Annual report on the working of the mental hospitals in the Madras Presidency - 1912-1932
Year: 1912
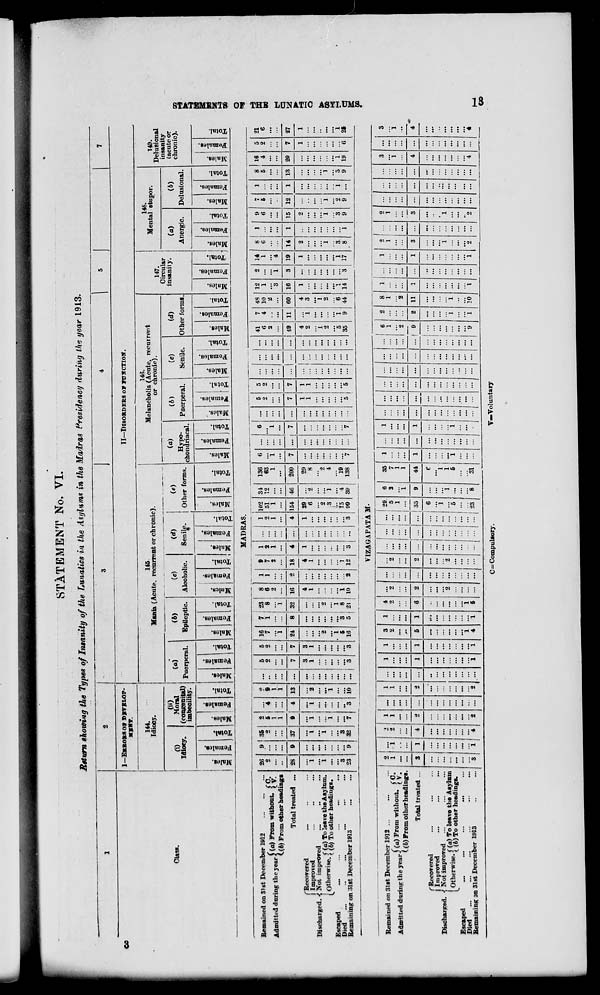
STATEMENT No. VI.
Return showing the Types of Insanity of the Lunatics in the Asylum* in the Madras PresidenGtj during the year 1913.
1
2
3
1
4
1 •
7
CO
1—ERRORS OF DEVELOP-
MENT.
II—DISORDERS O* pirircTiow.
144.
Idiocy.
145
Mania (Acute, recurrent or chronic )•
146.
Melancholia (Acute, recurrent
or chronic).
147.
Circular
148.
Mental stupor.
149.
Delusional
'
1
insanity
Class.
(i)
Idiocy.
Moral
(congenital)
imbecility.
Puerperal.
(6)
Epileptic.
(c)
Alcoholic.
Id)
Senile.
(e)
Other forms.
(a)
Hypo-
chondriacal.
(6)
Puerperal.
Senile.
(d)
Other forms.
insanity.
(a)
Anergic.
(6)
Delusional.
(acute or
chronic).
■5
.
.
.
.
«'
»
-
•
ID
.
.
*
fi>
w
s>
O
i
0)
S3
o
.
. i
=
E
o
i o
r.
B
09
a
a>
c
93
s 3
; P
ff>
"3
1*
"5
S
"5
o 1
*
OS
E
-? 3 s
1
3
a -
—
o
H
"3
8
i o "3
1
1
•
1 i 3 3
o
3
S
a
09
1 a £
P«H
o
H
8
33
a 9
Total
Males
O
3
3 1 .3 o
■k
3
S3
3
a 3
o
MADRAS.
Remained on 31st December 1812
Admitted during theyear j (a) From without « { v!
(.(b) From other headings
26
2
28
"i
"i
"3
23
9
9
9
35
2
37
"{
"i
"s
32
2
6
1
1
9
"i
i
"7
...
*
:::
4
"i
"3
9
1
1
13
"i
1
io
... i 5
2
7
3
1
...
3
16
7
"i
7
i 1
i
8
6
2
1
1
9
7
2
1
2
1 ...
1
2
1
102
51
1
31
12
136
63
1
6
"i
7
"i
...
6
"l
7
"7
...
5
2
5
2
...
:::
...
41
6
2
49
7
4
11
48
10
2
60
12
1
3
16
2
"i
3
"3
14
1
"4
19
8
6
14
1
1
9
6
7
5
i
8
5
4
5
9
21
e
Total treated ...
:::
7
3
1
"3
24
"2
.1
6
16
8
...
"3
5
32
...
...
«
i
8
21
16
4
1
A
2
"2
18
4
1
"i
12
4 ...
4 154 46
200
...
7
1
1
"5
7
1
1
'*6
...
15 12
1 13 20
7 27
('Recovered
1 Improved
Discharged. ■{ Not improred
^Otherwise. ((6) To other head j U g 8 .
Escaped
Died
Remaining on :51st December 1913
1
•3
...
1
"3 1
29
6
2
3
15
!>9
*2
"l
"4
39
29
8
"2
4
"l9
138
...
...
...
4
2
i
2
"5
35
"i
"1
9
4
3
"l
2
6
44
1
14
1
"i
17
2
"i
3
8 "i
2
i
3
9
i
"2
9
i
"i
3
9 19
1
"6
1
"i
25
VIZAGAPATA M-
Remained on 3lst December 1912 ...
Admitted during the year (^ From wit,,out ' { ?!
(_(6) From other heading*.
2
1
3
•1
"i
1
"i
1
2
I
4
1
1
...
1
1 ...
1
1
3
2
1
4
2
6
"2
2
...
"2
I 1 ... ... 1 29
.".'
1
6
8
"i
35
7
1
1
1
1
...
1
1
...
...
...
...
1- ::: ?
' . ' . ' . 1 "2
2
2
1
i
8
1
"2
11
i
i'6
1
1
...
1
2
1 ':::
2
1
3
1
*2
...
...
3
"l
4
4 :::,
3
i
Total treated ...
2
...
2
1
1
5
1
2 ...
... ... 35
9
44
\
... | 9
... 1 ...
'.'.'. "9
1
"i
3
"i
2
...
...
...
4
f Recovered
j Improved
Discharged. -( Not improved
1 ntwa-i«p 5"( ffl ) To le8ve t,,e Asylum
[Otherwise. [ (6)To othe r headings.
Escaped
...
...
...
...
Died
Remaining on 31st December 1913
"4
"2
...
"2
...
i "i
"i
4
i
"i
5
"2
...
...
2
... |
E
:::
... [
...
... j
6
1
"i
23
"i
"8
...
1
1
6
31
"i
=
...
... 1
1 1
. j
1
... |
...
'4
OS
C=Compulsory.
V—Voluntary